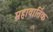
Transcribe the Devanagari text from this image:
महावार्तिक